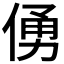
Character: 𠋀